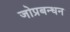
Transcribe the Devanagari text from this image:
जोप्रबन्धन